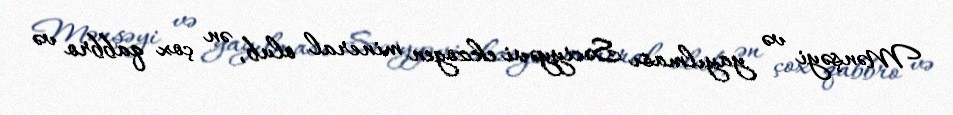
Mənşəyi və yayılması Səciyyəvi ekzogen mineral olub, ən çox qabbro və